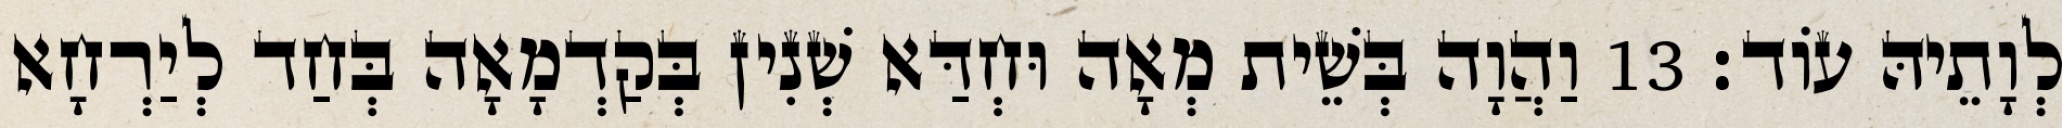
לְוָתֵיהּ עוֹד׃ 13 וַהֲוָה בְּשֵׁית מְאָה וּחְדַּא שְׁנִין בְּקַדְמָאָה בְּחַד לְיַרְחָא